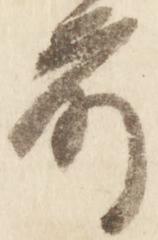
前